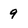
Character: 9